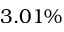
3 . 0 1 \%